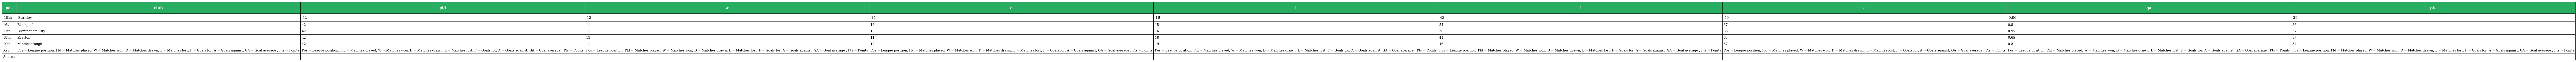
| pos | club | pld | w | d | l | f | a | ga | pts |
 | --- | --- | --- | --- | --- | --- | --- | --- | --- | --- |
 | 15th | Burnley | 42 | 12 | 14 | 16 | 43 | 50 | 0.86 | 38 |
 | 16th | Blackpool | 42 | 11 | 16 | 15 | 54 | 67 | 0.81 | 38 |
 | 17th | Birmingham City | 42 | 11 | 15 | 16 | 36 | 38 | 0.95 | 37 |
 | 18th | Everton | 42 | 13 | 11 | 18 | 41 | 63 | 0.65 | 37 |
 | 19th | Middlesbrough | 42 | 11 | 12 | 19 | 46 | 57 | 0.81 | 34 |
 | Key | Pos = League position; Pld = Matches played; W = Matches won; D = Matches drawn; L = Matches lost; F = Goals for; A = Goals against; GA = Goal average ; Pts = Points | Pos = League position; Pld = Matches played; W = Matches won; D = Matches drawn; L = Matches lost; F = Goals for; A = Goals against; GA = Goal average ; Pts = Points | Pos = League position; Pld = Matches played; W = Matches won; D = Matches drawn; L = Matches lost; F = Goals for; A = Goals against; GA = Goal average ; Pts = Points | Pos = League position; Pld = Matches played; W = Matches won; D = Matches drawn; L = Matches lost; F = Goals for; A = Goals against; GA = Goal average ; Pts = Points | Pos = League position; Pld = Matches played; W = Matches won; D = Matches drawn; L = Matches lost; F = Goals for; A = Goals against; GA = Goal average ; Pts = Points | Pos = League position; Pld = Matches played; W = Matches won; D = Matches drawn; L = Matches lost; F = Goals for; A = Goals against; GA = Goal average ; Pts = Points | Pos = League position; Pld = Matches played; W = Matches won; D = Matches drawn; L = Matches lost; F = Goals for; A = Goals against; GA = Goal average ; Pts = Points | Pos = League position; Pld = Matches played; W = Matches won; D = Matches drawn; L = Matches lost; F = Goals for; A = Goals against; GA = Goal average ; Pts = Points | Pos = League position; Pld = Matches played; W = Matches won; D = Matches drawn; L = Matches lost; F = Goals for; A = Goals against; GA = Goal average ; Pts = Points |
 | Source |  |  |  |  |  |  |  |  |  |